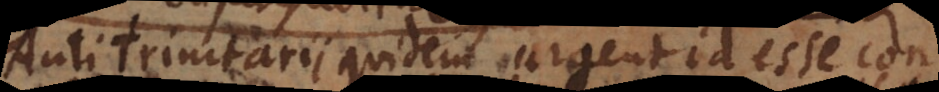
Antitrinitarii quidem urgent id esse con